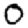
Digit: 0